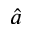
\hat { a }